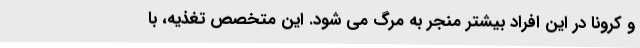
و کرونا در این افراد بیشتر منجر به مرگ می شود. این متخصص تغذیه، با